Report on malaria in the Punjab during the year ...  together with an account of the work of the Punjab Malaria Bureau - Volume 6
Disease focus: Malaria
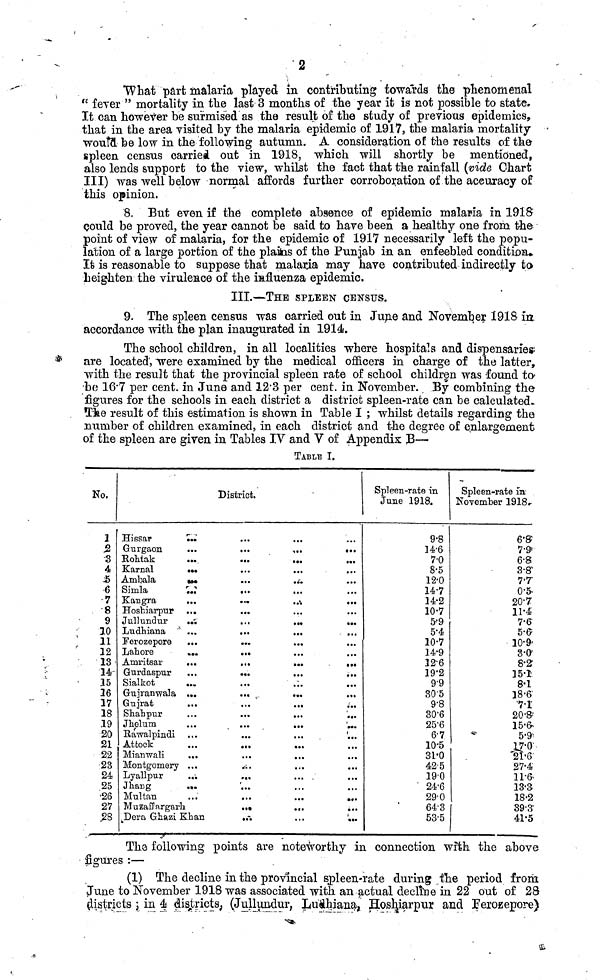
2
"What part malaria played in contributing towards the phenomenal
" fever " mortality in the last 3 months of the year it is not possible to state.
It can however be surmised as the result of the study of previous epidemics,
that in the area visited by the malaria epidemic of 1917, the malaria mortality
wouM be low in the following autumn. A consideration of the results of the
spleen census carried out in 1918, which will shortly be mentioned,
also lends support to the view, whilst the fact that the rainfall (vide Chart
III) was well below normal affords further corroboration of the accuracy of
this opinion.
8. But even if the complete absence of epidemic malaria in 191 &
could be proved, the year cannot be said to have been a healthy one from the
point of view of malaria, for the epidemic of 1917 necessarily left the popu-
lation of a large portion of the plains of the Punjab in an enfeebled condition*
It is reasonable to suppose that malaria may have contributed indirectly to
heighten the virulence of the influenza epidemic.
III.—THE SPLEEN CENSUS.
9. The spleen census was carried out in June and November 1918 in.
accordance with the plan inaugurated in 1914.
The school children, in all localities where hospitals and dispensaries-
are located', were examined by the medical officers in charge of the latter,
with the result that the provincial spleen rate of school children was -found to 1
be 16*7 per cent, in June and 12*3 per cent, in November. By combining the-
figures for the schools in each district a district spleen-rate can be calculated-
!Tke result of this estimation is shown in Table I ; whilst details regarding the
number of children examined, in each district and the degree of enlargement
of the spleen are given in Tables IV and V of Appendix B—•
No.
1
•8
4
6
7
8
9
10
11
12
13
"14-
15
ie
17
18
19
20
21
22
23
24
25
'26
27
.28
District.
Hissar
«.'
Gurgaon
...
...
Rohtak
...
...
Karnal
•••
...
Ambala
*»«
Simla
r
mm 1
...
Kangra
...
...
Hoshiarpur ...
...
Jullundur
..;
Ludhiana
Ferozepore ...
..
Lahore
»..
..
Amiitsar
...
Gurdaspur
...
..
Sialkot
...
Gujranwala ...
...
Gujrat
..
Shahpur
Jheliim
Eawalpindi
Atfcock
Mianwali
.,
Montgomery ..
Lyallpur
Jhang
...
Multan
,.
..
«••
...
>
...
»
*••
...
•
...
Muzaffnrgarh
.»•
JDera Gliazi Khan
,.-.
...
...
...
...
...
...
...
...
...
• ^ .
...
...
• ••
...
• • •
...
...
. •<
...
. • •
...
...
...
...
...
...
• ••
• • •
• >*
•
1.
• •«
• ••
• * •
• ••
• ••
• ••
• ••
• ••
•••
r
...
...
...
...
• »o
...
1
• ••
Spleen-rate in
June 1918.
9-8
34-6
7-0
8-5
12-0
14-7
14-2
10-7
5--9
5-4
10-7
14-9
12-6
19'2
9-9
30"5
9'8
30'6
25*6
6-7
10-5
31-0
42-5
19-0
24-6
29-0
64-3
53'5
Spleen-rate in
November 1918,
6'&
7-9 1
6-3
S-ff
7-r
0-5-
20-7
11-4
7-e
5-5
10-9-
3-0"
8-2
35-1
8-1
18-6'
71
20-8-"
15-6>
5-91
7-0
27-4
11-6-
13-3
18-2
89-3 1
41-5
Tho following points are noteworthy in connection with the above
figures :—
(1) The decline in the provincial spleen-rate during the period from
June to November 1918 was associated with an actual decline in 22 out of 28
districts , in 4 districts, (Julhmdur, liuftWaiUk Hoshiarpur and I'erozepore)